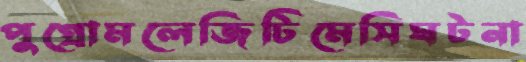
পুগ্রোমলেজিটিমেসিঘটনা